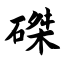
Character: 磔